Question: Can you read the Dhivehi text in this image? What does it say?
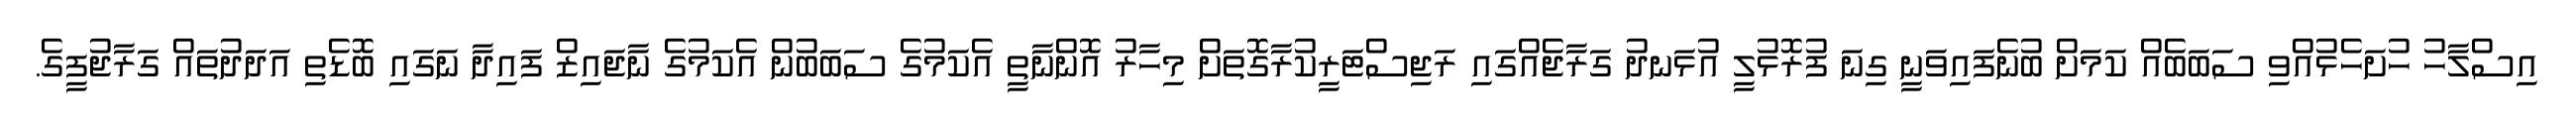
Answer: އިސްލާހު ހުށަހެޅުއްވި ސަބަބެއް ކަމަށް ބުނެފައިވަނީ ގިނަ ފުރޮޅުލީ އުޅަނދު ގަރާޖެއްގައި ރަޖިސްޓަރީކުރާގޮތަށް މިހާރު އޮންނާތީ އެކަމުގެ ސަބަބުން އެކަމުގެ ނާޖައިޒް ފައިދާ ނަގައި ބޮޑެތި އަދަދުތައް ގަރާޖުފީގެ.